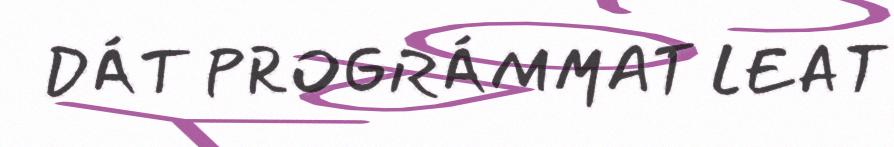
DÁT PROGRÁMMAT LEAT